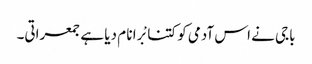
باجی نے اس آدمی کو کتنا بْرا نا م دیا ہے جمعراتی۔